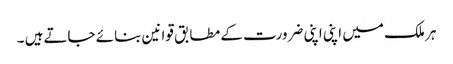
ہر ملک میں اپنی اپنی ضرورت کے مطابق قوانین بنائے جاتےہیں ۔